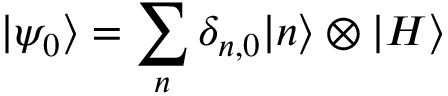
| \psi _ { 0 } \rangle = \sum _ { n } \delta _ { n , 0 } | n \rangle \otimes | H \rangle